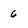
Character: 6